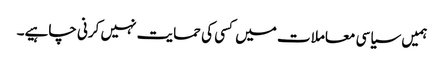
‏ ہمیں سیاسی معاملات میں کسی کی حمایت نہیں کرنی چاہیے۔